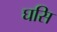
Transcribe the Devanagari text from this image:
घसि